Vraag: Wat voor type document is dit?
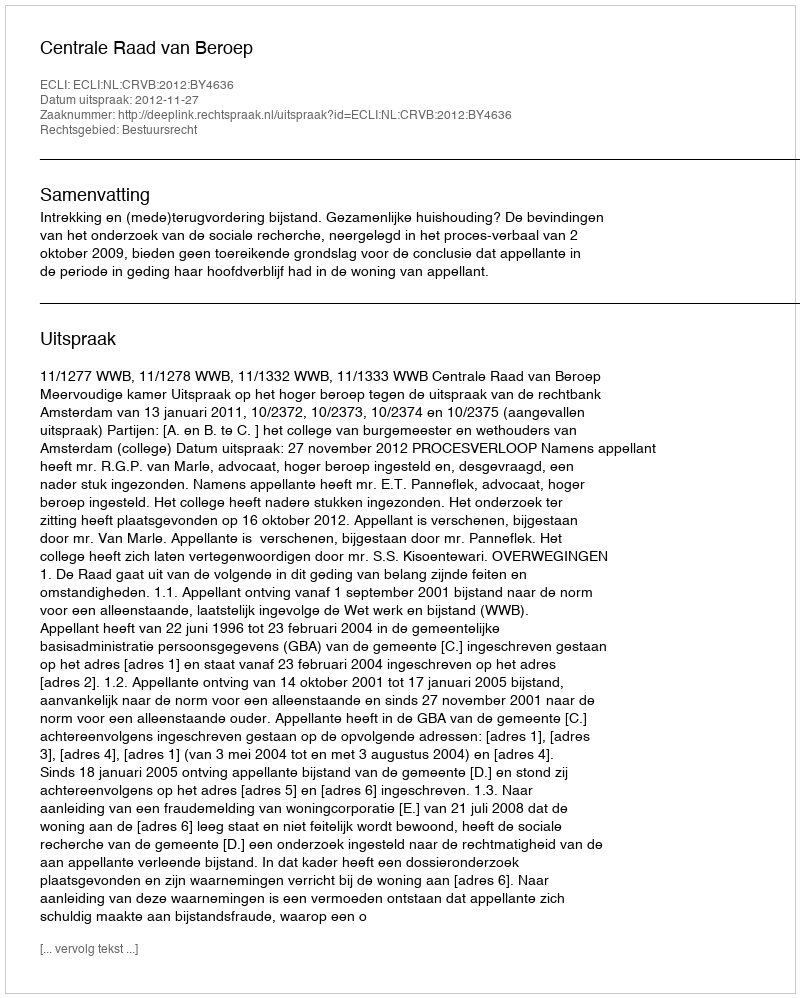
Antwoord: Uitspraak